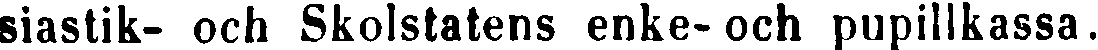
siastik- och Skolstatens enke- och pupillkassa.